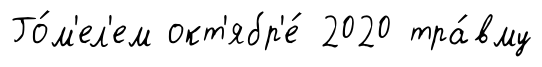
Го́м'ел'ем окт'ябр'е́ 2020 тра́вму